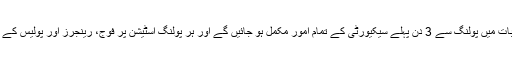
انہوں نے کہا کہ انتخابات میں پولنگ سے 3 دن پہلے سیکیورٹی کے تمام امور مکمل ہو جائیں گے اور ہر پولنگ اسٹیشن پر فوج، رینجرز اور پولیس کے جوان موجود ہوں گے۔